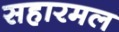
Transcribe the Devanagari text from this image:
सहारमल